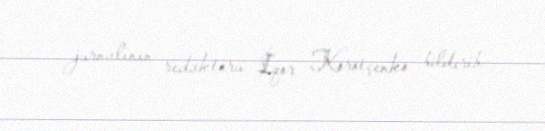
jurnalının redaktoru İqor Korotçenko bildirib.